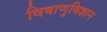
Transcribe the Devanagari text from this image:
विषाणुविज्ञान